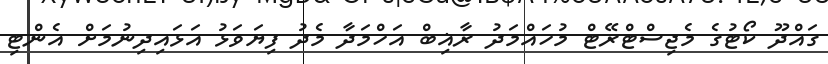
ގައްދޫ ކޯޓުގެ މެޖިސްޓްރޭޓް މުހައްމަދު ރާޣިބް އަހްމަދާ މެދު ފިޔަވަޅު އަޅައިދިނުމަށް އެންޓި